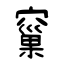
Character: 窼